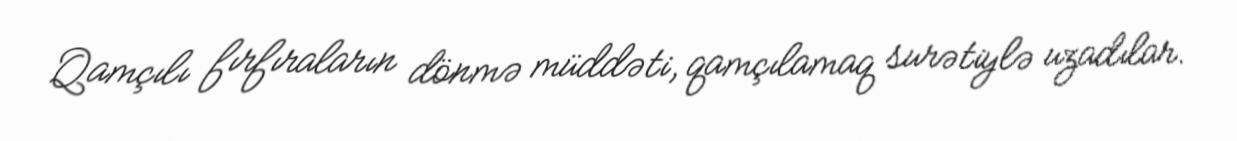
Qamçılı fırfıraların dönmə müddəti, qamçılamaq surətiylə uzadılar.